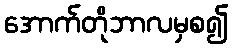
အောက်တိုဘာလမှစ၍